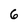
Character: 6